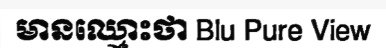
មានឈ្មោះថា Blu Pure View